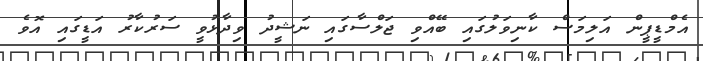
އެމްޑީޕީން އަލިމަސް ކާނިވަލުގައި ބޭއްވި ޖަލްސާގައި ނަޝީދު ވިދާޅުވީ ސަރުކާރު އަޑީގައި އޮވެ